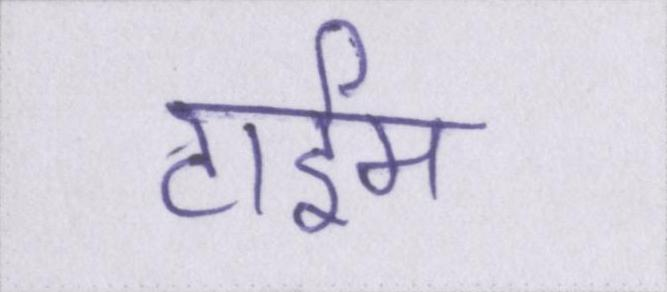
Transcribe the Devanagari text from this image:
टाईम